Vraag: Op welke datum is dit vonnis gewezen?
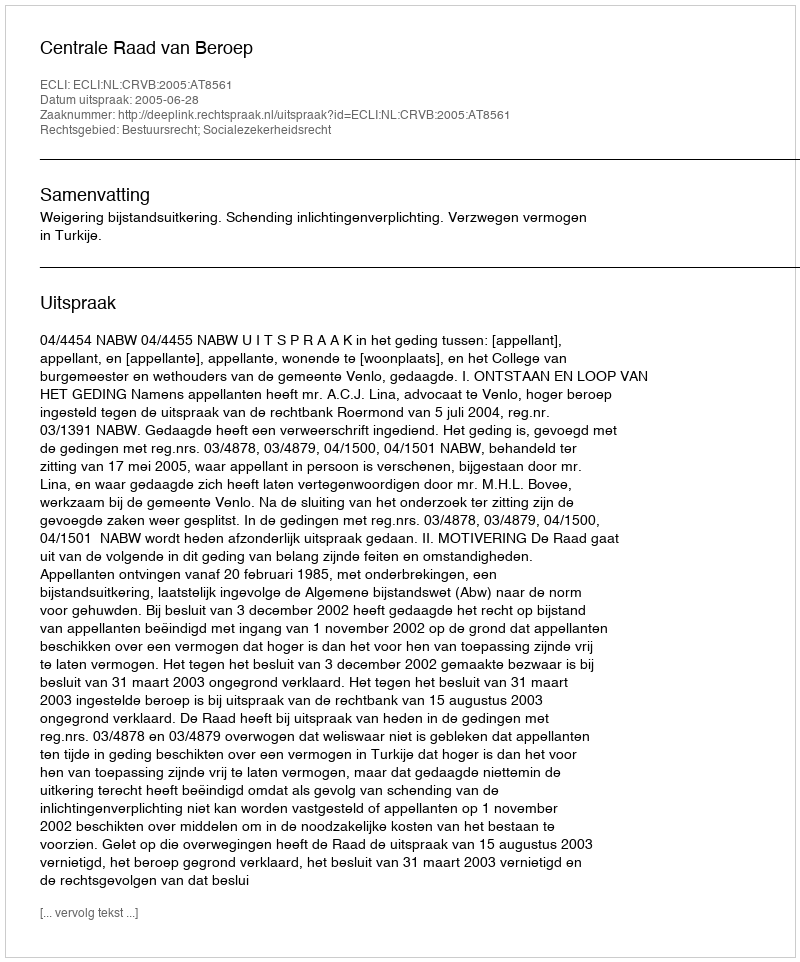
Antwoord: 2005-06-28